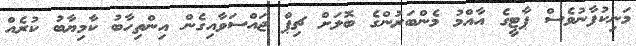
މަނިކުފާނުވެސް ޕާޓީގެ އާއްމު މެންބަރުންގެ ބޮލަށް ޗިޕް ޖައްސަވާއިގެން އިންތިހާބު ކާމިޔާބު ކުރެއް